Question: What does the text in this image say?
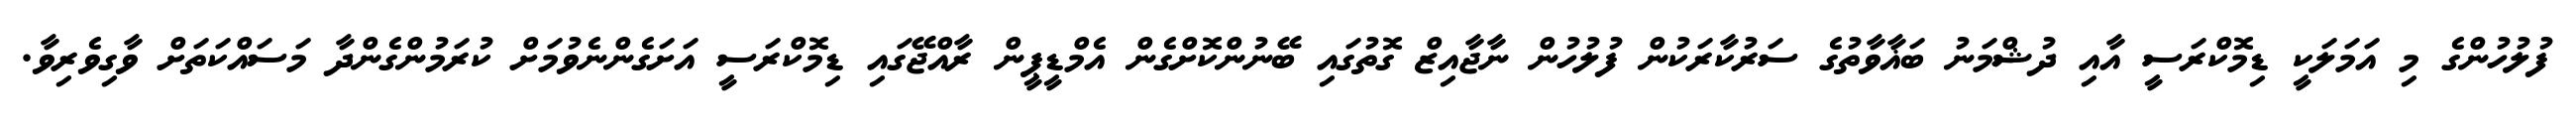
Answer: ފުލުހުންގެ މި އަމަލަކީ ޑިމޮކްރަސީ އާއި ދުޝްމަނު ބަޣާވާތުގެ ސަރުކާރަކުން ފުލުހުން ނާޖާއިޒް ގޮތުގައި ބޭނުންކޮށްގެން އެމްޑީޕީން ރާއްޖޭގައި ޑިމޮކްރަސީ އަށަގެންނެވުމަށް ކުރަމުންގެންދާ މަސައްކަތަށް ވާގިވެރިވާ.